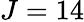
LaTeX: J=14